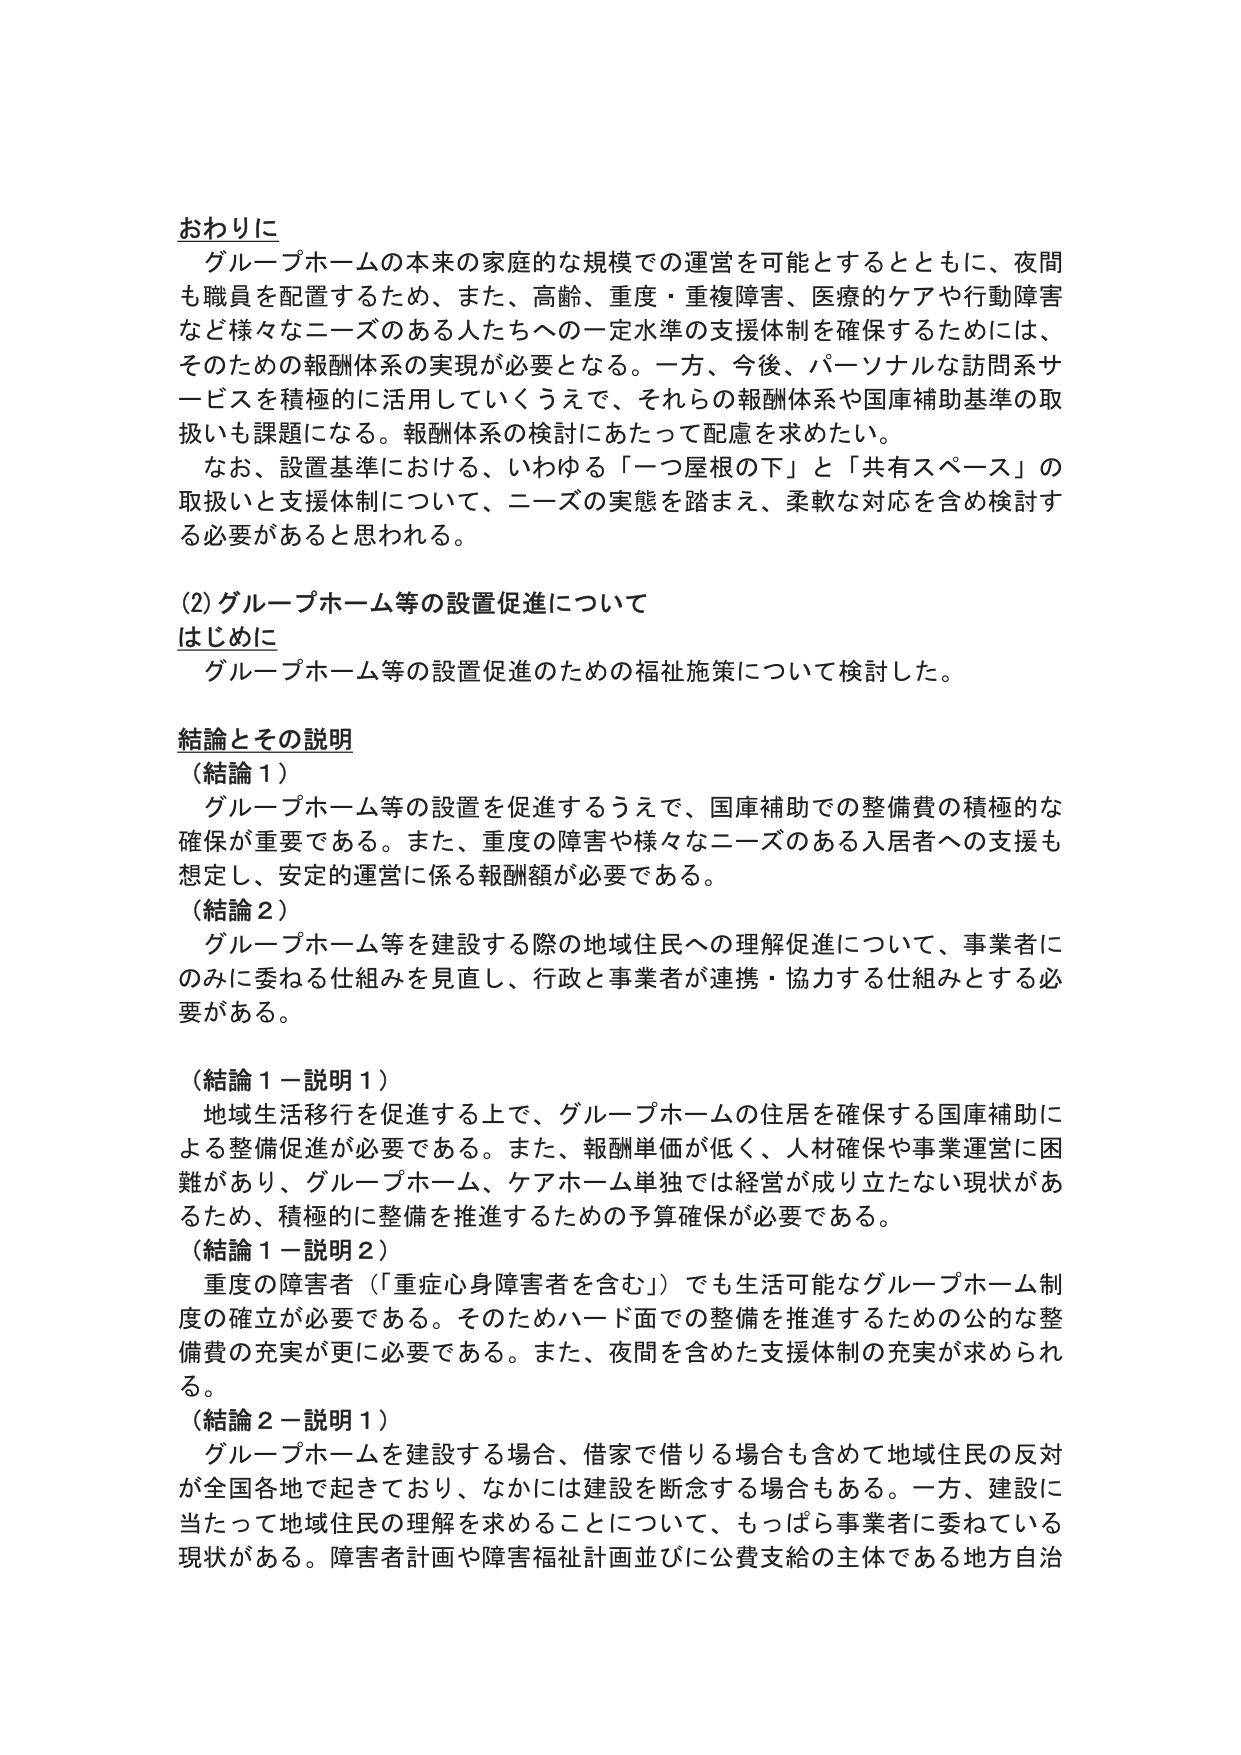
おわりに
グループホームの本来の家庭的な規模での運営を可能とするとともに、夜間も職員を配置するため、また、高齢、重度・重複障害、医療的ケアや行動障害など様々なニーズのある人たちへの一定水準の支援体制を確保するためには、そのための報酬体系の実現が必要となる。一方、今後、パーソナルな訪問系サービスを積極的に活用していくうえで、それらの報酬体系や国庫補助基準の取扱いも課題になる。報酬体系の検討にあたって配慮を求めたい。
なお、設置基準における、いわゆる「一つ屋根の下」と「共有スペース」の取扱いと支援体制について、ニーズの実態を踏まえ、柔軟な対応を含め検討する必要があると思われる。

(2) グループホーム等の設置促進について
はじめに
グループホーム等の設置促進のための福祉施策について検討した。

結論とその説明
（結論１）
グループホーム等の設置を促進するうえで、国庫補助での整備費の積極的な確保が重要である。また、重度の障害や様々なニーズのある入居者への支援も想定し、安定的運営に係る報酬額が必要である。
（結論２）
グループホーム等を建設する際の地域住民への理解促進について、事業者にのみに委ねる仕組みを見直し、行政と事業者が連携・協力する仕組みとする必要がある。

（結論１－説明１）
地域生活移行を促進する上で、グループホームの住居を確保する国庫補助による整備促進が必要である。また、報酬単価が低く、人材確保や事業運営に困難があり、グループホーム、ケアホーム単独では経営が成り立たない現状があるため、積極的に整備を推進するための予算確保が必要である。
（結論１－説明２）
重度の障害者（「重症心身障害者を含む」）でも生活可能なグループホーム制度の確立が必要である。そのためハード面での整備を推進するための公的な整備費の充実が更に必要である。また、夜間を含めた支援体制の充実が求められる。
（結論２－説明１）
グループホームを建設する場合、借家で借りる場合も含めて地域住民の反対が全国各地で起きており、なかには建設を断念する場合もある。一方、建設に当たって地域住民の理解を求めることについて、もっぱら事業者に委ねている現状がある。障害者計画や障害福祉計画並びに公費支給の主体である地方自治